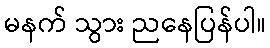
မနက် သွား ညနေပြန်ပါ။